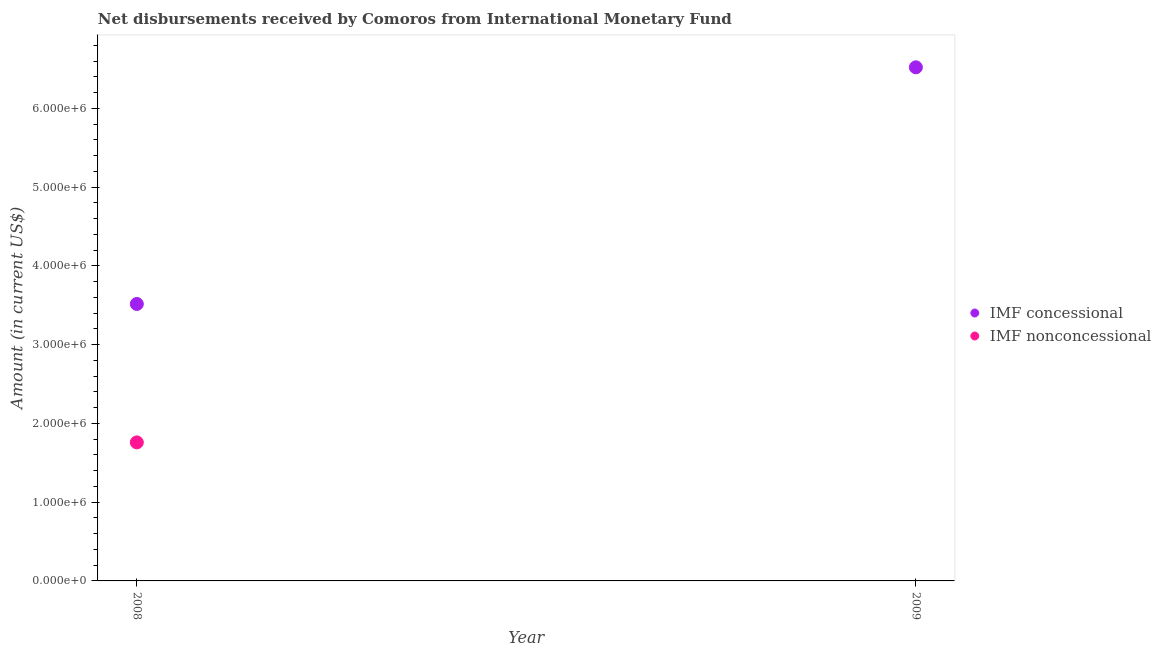
| Year | IMF concessional | IMF nonconcessional |
 | --- | --- | --- |
 | 2008 | 3.52e+06 | 1.76e+06 |
 | 2009 | 6.52e+06 | -1.72e+06 |